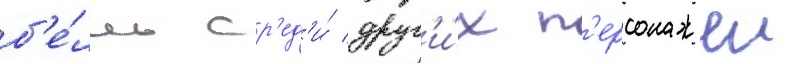
б'е́лль ср'ед'и́ друг'и́х п'ерсонажеи